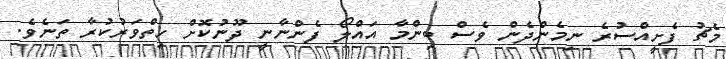
މެޗު ފެށީއްސުރެ ނިމެންދެން ވެސް ބިންމާ އައްލޯ ފެންނާނީ ދޫނުކޮށް ހިތްވަރުކުރާ ތަނެވެ.